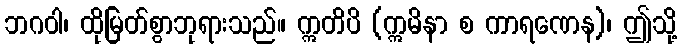
ဘဂဝါ၊ ထိုမြတ်စွာဘုရားသည်။ ဣတိပိ (ဣမိနာ စ ကာရဏေန)၊ ဤသို့